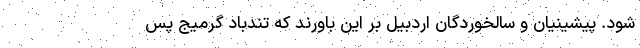
شود. پیشینیان و سالخوردگان اردبیل بر این باورند که تندباد گرمیج پس